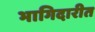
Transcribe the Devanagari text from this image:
भागिदारीत